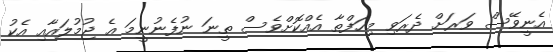
އެނީވޭސް ވަރަށް ދެރަވި މިހަފްތާ އެއްކޮށްވެސް ތީނަ ނުފެނުނީމަ އެ ޖުމުލައާއި އެކު